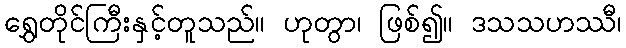
ရွှေတိုင်ကြီးနှင့်တူသည်။ ဟုတွာ၊ ဖြစ်၍။ ဒသသဟဿီ၊